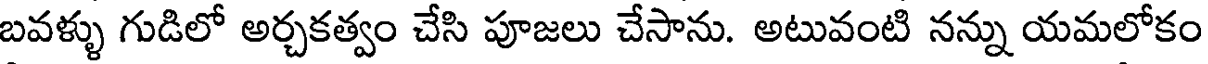
బవళ్ళు గుడిలో అర్చకత్వం చేసి పూజలు చేసాను. అటువంటి నన్ను యమలోకం